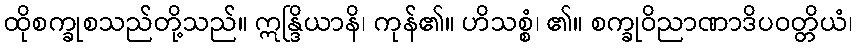
ထိုစက္ခုစသည်တို့သည်။ ဣန္ဒြိယာနိ၊ ကုန်၏။ ဟိသစ္စံ၊ ၏။ စက္ခုဝိညာဏာဒိပဝတ္တိယံ၊